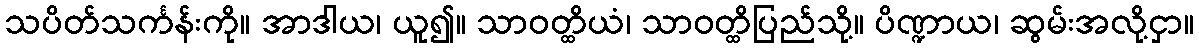
သပိတ်သင်္ကန်းကို။ အာဒါယ၊ ယူ၍။ သာဝတ္ထိယံ၊ သာဝတ္ထိပြည်သို့။ ပိဏ္ဍာယ၊ ဆွမ်းအလို့ငှာ။